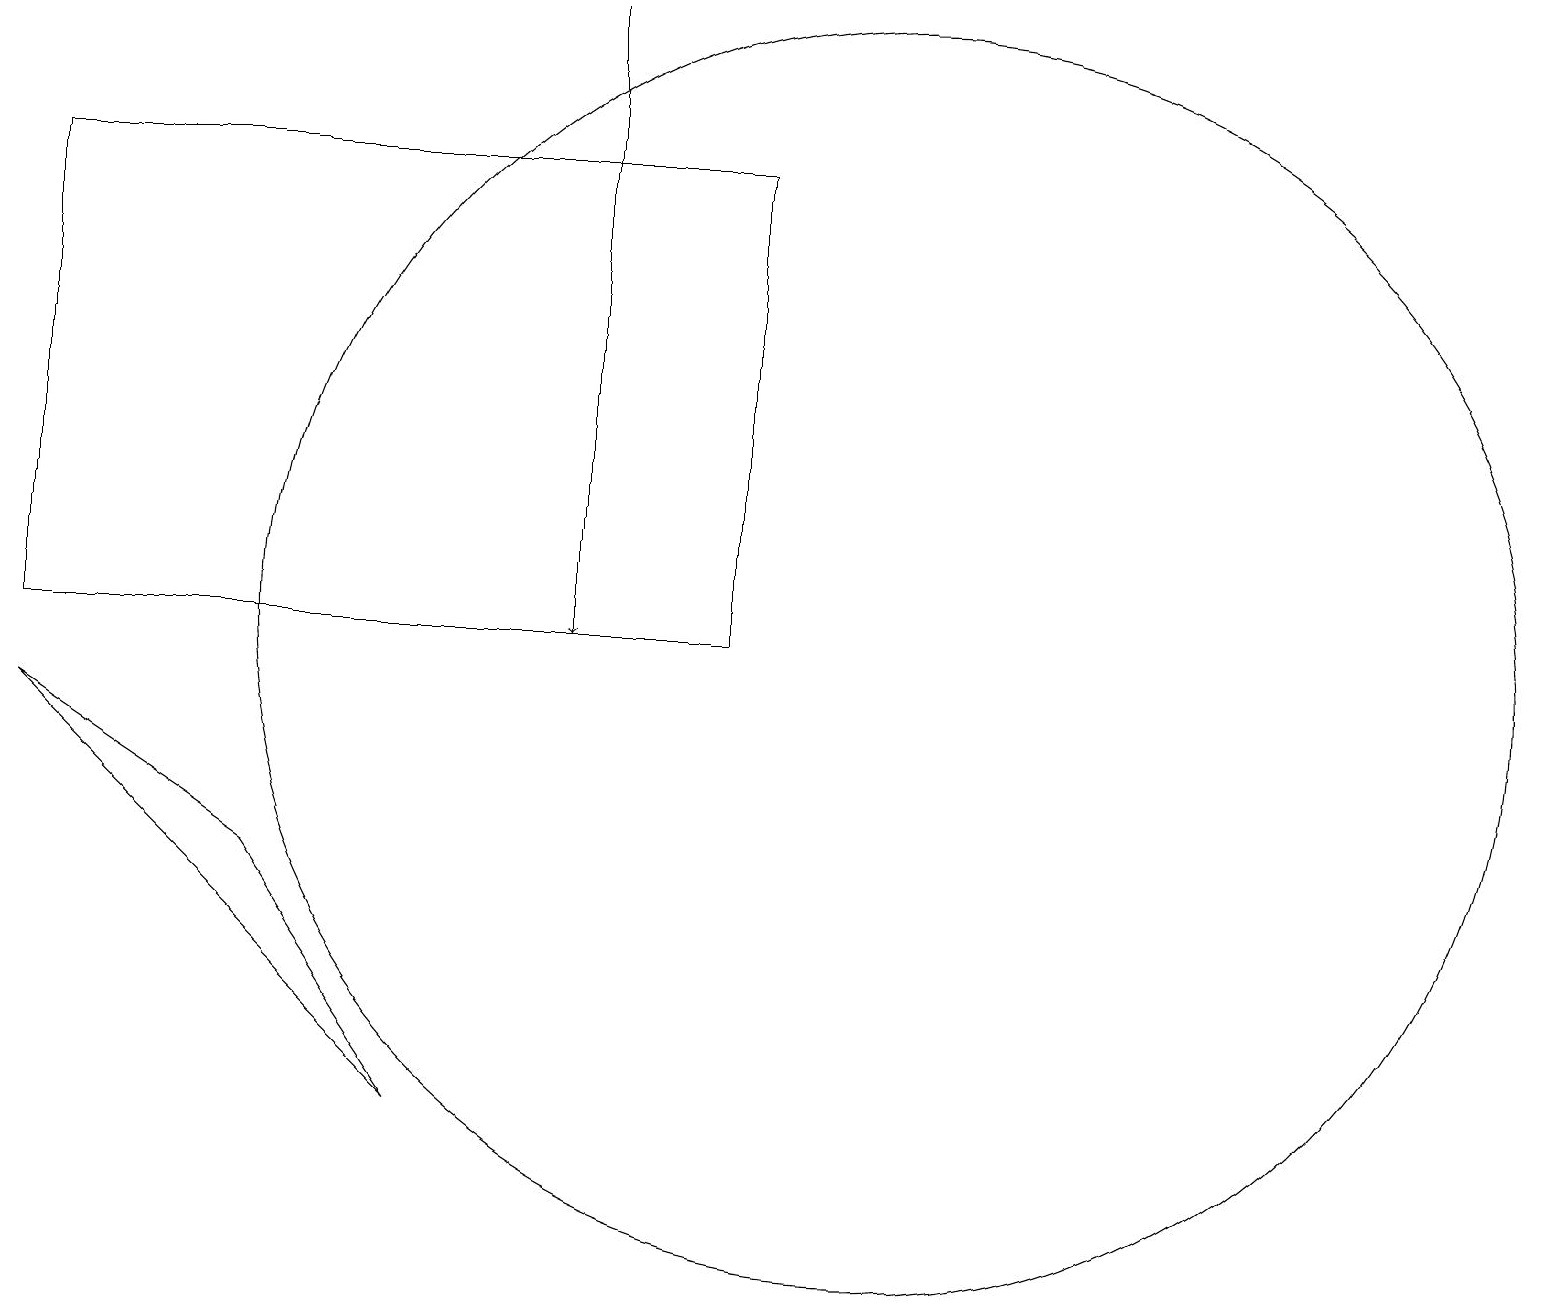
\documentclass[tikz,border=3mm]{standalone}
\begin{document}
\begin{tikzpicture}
\draw (11,10) circle (8);
\draw (3,7) -- (0,9) -- (5,4) -- cycle;
\draw[->] (7,15) -- (7,10);
\draw (7,18) rectangle (7,14);
\draw (9,16) rectangle (0,10);
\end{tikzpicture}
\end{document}